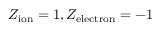
Z _ { \mathrm { i o n } } = 1 , Z _ { \mathrm { e l e c t r o n } } = - 1